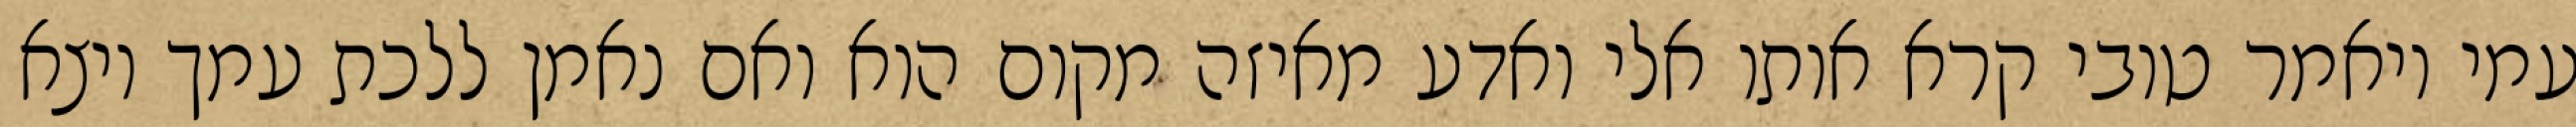
עמי ויאמר טובי קרא אותו אלי ואדע מאיזה מקום הוא ואם נאמן ללכת עמך ויצא